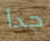
جدا